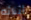
أبنائه